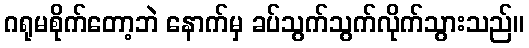
ဂရုမစိုက်တော့ဘဲ နောက်မှ ခပ်သွက်သွက်လိုက်သွားသည်။